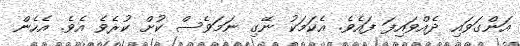
އަންގަވައި ދެއްވައިފަ ފައެވެ. އެކަމަކު ނޭގި ނަމަވެސް ކުށް ކުރެވެ އެވެ. އެހެން